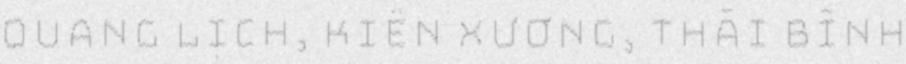
Quang Lịch, Kiến Xương, Thái Bình